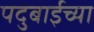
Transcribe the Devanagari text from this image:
पदुबाईच्या